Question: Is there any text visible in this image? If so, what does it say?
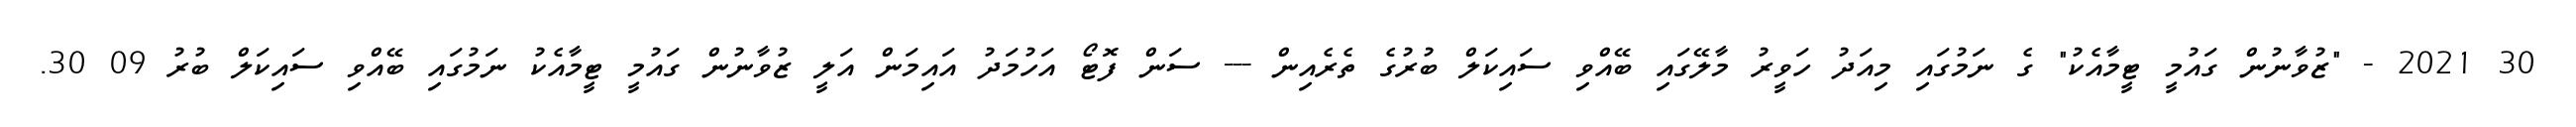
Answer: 30 2021 - "ޒުވާނުން ގައުމީ ޓީމާއެކު" ގެ ނަމުގައި މިއަދު ހަވީރު މާލޭގައި ބޭއްވި ސައިކަލް ބުރުގެ ތެރެއިން --- ސަން ފޮޓޯ އަހުމަދު އައިމަން އަލީ ޒުވާނުން ގައުމީ ޓީމާއެކު ނަމުގައި ބޭއްވި ސައިކަލް ބުރު 09 30.